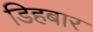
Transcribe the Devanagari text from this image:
डिहबार